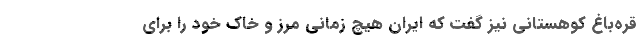
قره‌باغ کوهستانی نیز گفت که ایران هیچ زمانی مرز و خاک خود را برای